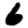
Digit: 6